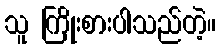
သူ ကြိုးစားပါသည်တဲ့။